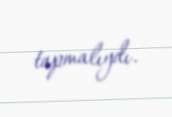
tapmalıydı.